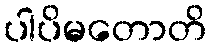
ပါပိမတောတိ